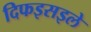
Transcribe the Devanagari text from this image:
दिफइसइले